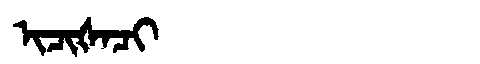
Manchu: ᡳᠴᡳᡧᠠᠴᡳ
Romanization: ICIŠACI